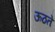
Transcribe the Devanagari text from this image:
ऊठते